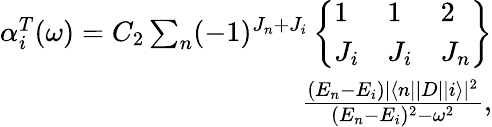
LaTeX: \begin{array}{r}{\alpha_{i}^{T}(\omega)=C_{2}\sum_{n}(-1)^{J_{n}+J_{i}}\left\{ \begin{array}{lll}{1}&{1}&{2}\\ {J_{i}}&{J_{i}}&{J_{n}}\end{array}\right\} }\\ {\frac{(E_{n}-E_{i})|\langle n||D||i\rangle|^{2}}{(E_{n}-E_{i})^{2}-\omega^{2}},}\end{array}